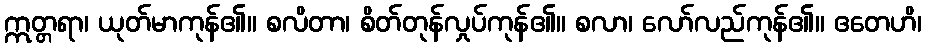
ဣတ္တရာ၊ ယုတ်မာကုန်၏။ စလိတာ၊ စိတ်တုန်လှုပ်ကုန်၏။ စလာ၊ လော်လည်ကုန်၏။ ဧတေဟိ၊